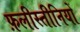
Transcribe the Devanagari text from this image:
फ़लीस्तीनियों